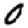
Digit: 0